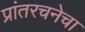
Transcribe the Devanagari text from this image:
प्रांतरचनेचा